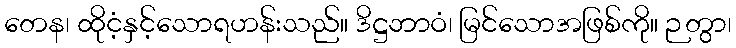
တေန၊ ထိုငံ့နှင့်သောရဟန်းသည်။ ဒိဋ္ဌဘာဝံ၊ မြင်သောအဖြစ်ကို။ ဉတွာ၊